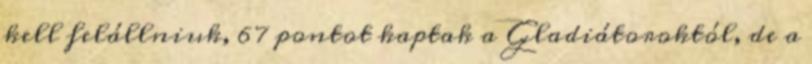
kell felállniuk, 67 pontot kaptak a Gladiátoroktól, de a